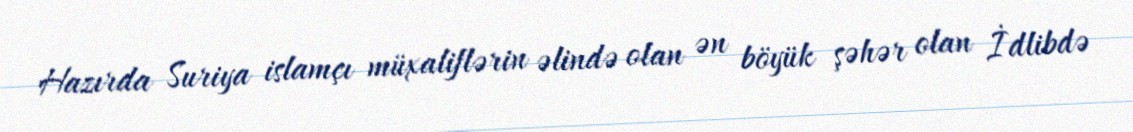
Hazırda Suriya islamçı müxaliflərin əlində olan ən böyük şəhər olan İdlibdə